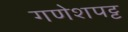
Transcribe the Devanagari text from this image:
गणेशपट्ट